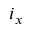
i _ { x }